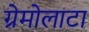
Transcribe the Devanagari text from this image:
ग्रेमोलाटा